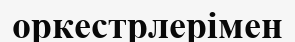
оркестрлерімен